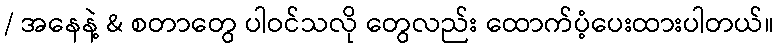
/ အနေနဲ့ & စတာတွေ ပါဝင်သလို တွေလည်း ထောက်ပံ့ပေးထားပါတယ်။